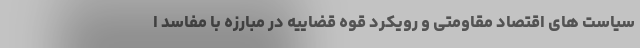
سیاست های اقتصاد مقاومتی و رویکرد قوه قضاییه در مبارزه با مفاسد ا